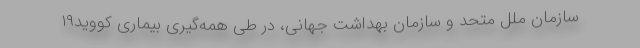
سازمان ملل متحد و سازمان بهداشت جهانی، در طی همه‌گیریِ بیماری کووید۱۹